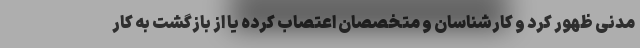
مدنی ظهور کرد و کارشناسان و متخصصان اعتصاب کرده یا از بازگشت به کار